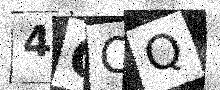
Text: 4CCQ